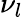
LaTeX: \nu_{l}